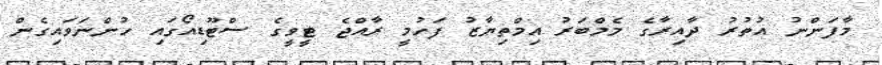
މާފަންނު އުތުރު ދާއިރާގެ މެމްބަރު އިމްތިޔާޒު ފަހުމީ ރާއްޖެ ޓީވީގެ ސްޓޫޑިއޯގައި ހުންނަވައިގެން